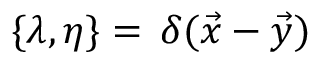
\{ \lambda , \eta \} = \, \delta ( \vec { x } - \vec { y } )